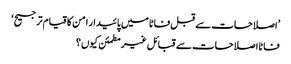
’اصلاحات سے قبل فاٹا میں پائیدار امن کا قیام ترجیح‘
فاٹا اصلاحات سے قبائل غیرمطمئن کیوں؟